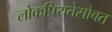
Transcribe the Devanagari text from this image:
लोकप्रियतेसोबत